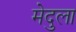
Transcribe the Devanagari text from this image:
मेदुला